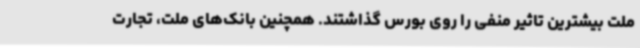
ملت بیشترین تاثیر منفی را روی بورس گذاشتند. همچنین بانک‌های ملت، تجارت